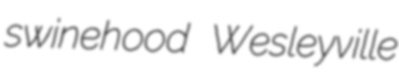
swinehood Wesleyville